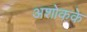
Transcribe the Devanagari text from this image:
अशोकके